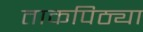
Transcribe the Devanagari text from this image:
ताकपिठ्या